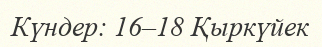
Күндер: 16–18 Қыркүйек